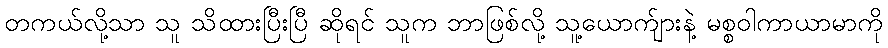
တကယ်လို့သာ သူ သိထားပြီးပြီ ဆိုရင် သူက ဘာဖြစ်လို့ သူ့ယောက်ျားနဲ့ မစ္စဝါကာယာမာကို